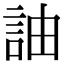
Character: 䛆